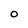
Character: O